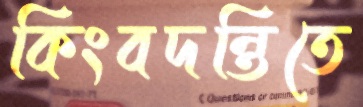
কিংবদন্তিতে